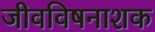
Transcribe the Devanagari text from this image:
जीवविषनाशक